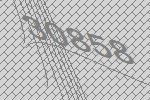
30858